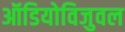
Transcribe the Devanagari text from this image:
ऑडियोविजुवल